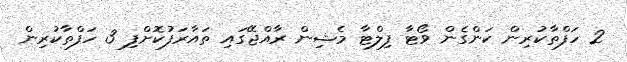
2 ހަފްތާކުރިން ކަންގެން ވޯޓާ ފިލްޓާ މެޝިން ރާއްޖޭގައި ތައާރަފުކޮށްފި 3 ހަފްތާކުރިން